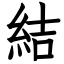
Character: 結